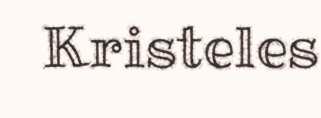
Kristeles